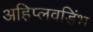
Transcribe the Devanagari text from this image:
अहिप्लवडिंभ